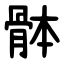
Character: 骵